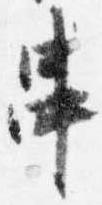
串